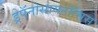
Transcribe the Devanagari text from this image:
ड्रेपॅनोसायटोसिस